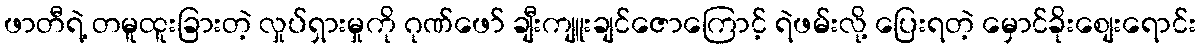
ဖာတီရဲ့ တမူထူးခြားတဲ့ လှုပ်ရှားမှုကို ဂုဏ်ဖော် ချီးကျူးချင်ဇောကြောင့် ရဲဖမ်းလို့ ပြေးရတဲ့ မှောင်ခိုးစျေးရောင်း